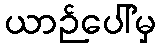
ယာဉ်ပေါ်မှ